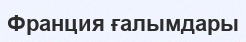
Франция ғалымдары